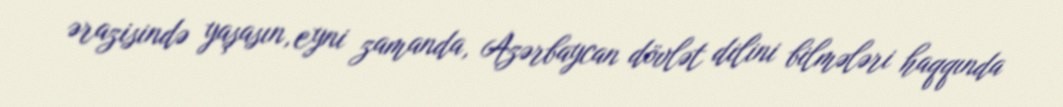
ərazisində yaşasın, eyni zamanda, Azərbaycan dövlət dilini bilmələri haqqında